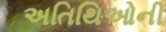
અતિથિઓની